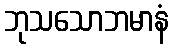
ဘုသသောဘမာနံ